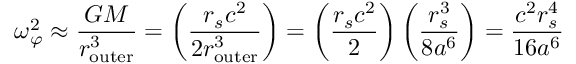
\omega _ { \varphi } ^ { 2 } \approx { \frac { G M } { r _ { \mathrm { o u t e r } } ^ { 3 } } } = \left( { \frac { r _ { s } c ^ { 2 } } { 2 r _ { \mathrm { o u t e r } } ^ { 3 } } } \right) = \left( { \frac { r _ { s } c ^ { 2 } } { 2 } } \right) \left( { \frac { r _ { s } ^ { 3 } } { 8 a ^ { 6 } } } \right) = { \frac { c ^ { 2 } r _ { s } ^ { 4 } } { 1 6 a ^ { 6 } } }